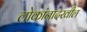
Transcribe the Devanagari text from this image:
लोकांनादेखील